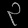
Digit: ၃